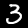
Digit: 3